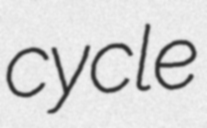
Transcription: cycle